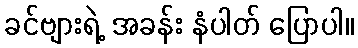
ခင်ဗျားရဲ့ အခန်း နံပါတ် ပြောပါ။